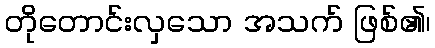
တိုတောင်းလှသော အသက် ဖြစ်၏၊